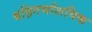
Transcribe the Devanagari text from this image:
बहिगर्भाशयिक